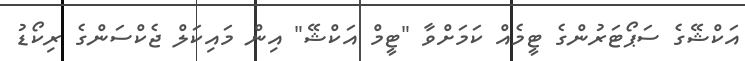
އަކްޝޭގެ ސަޕޯޓަރުންގެ ޓީމެއް ކަމަށްވާ "ޓީމް އަކްޝޭ" އިން މައިކަލް ޖެކްސަންގެ ރިކޯޑު